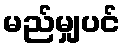
မည်မျှပင်